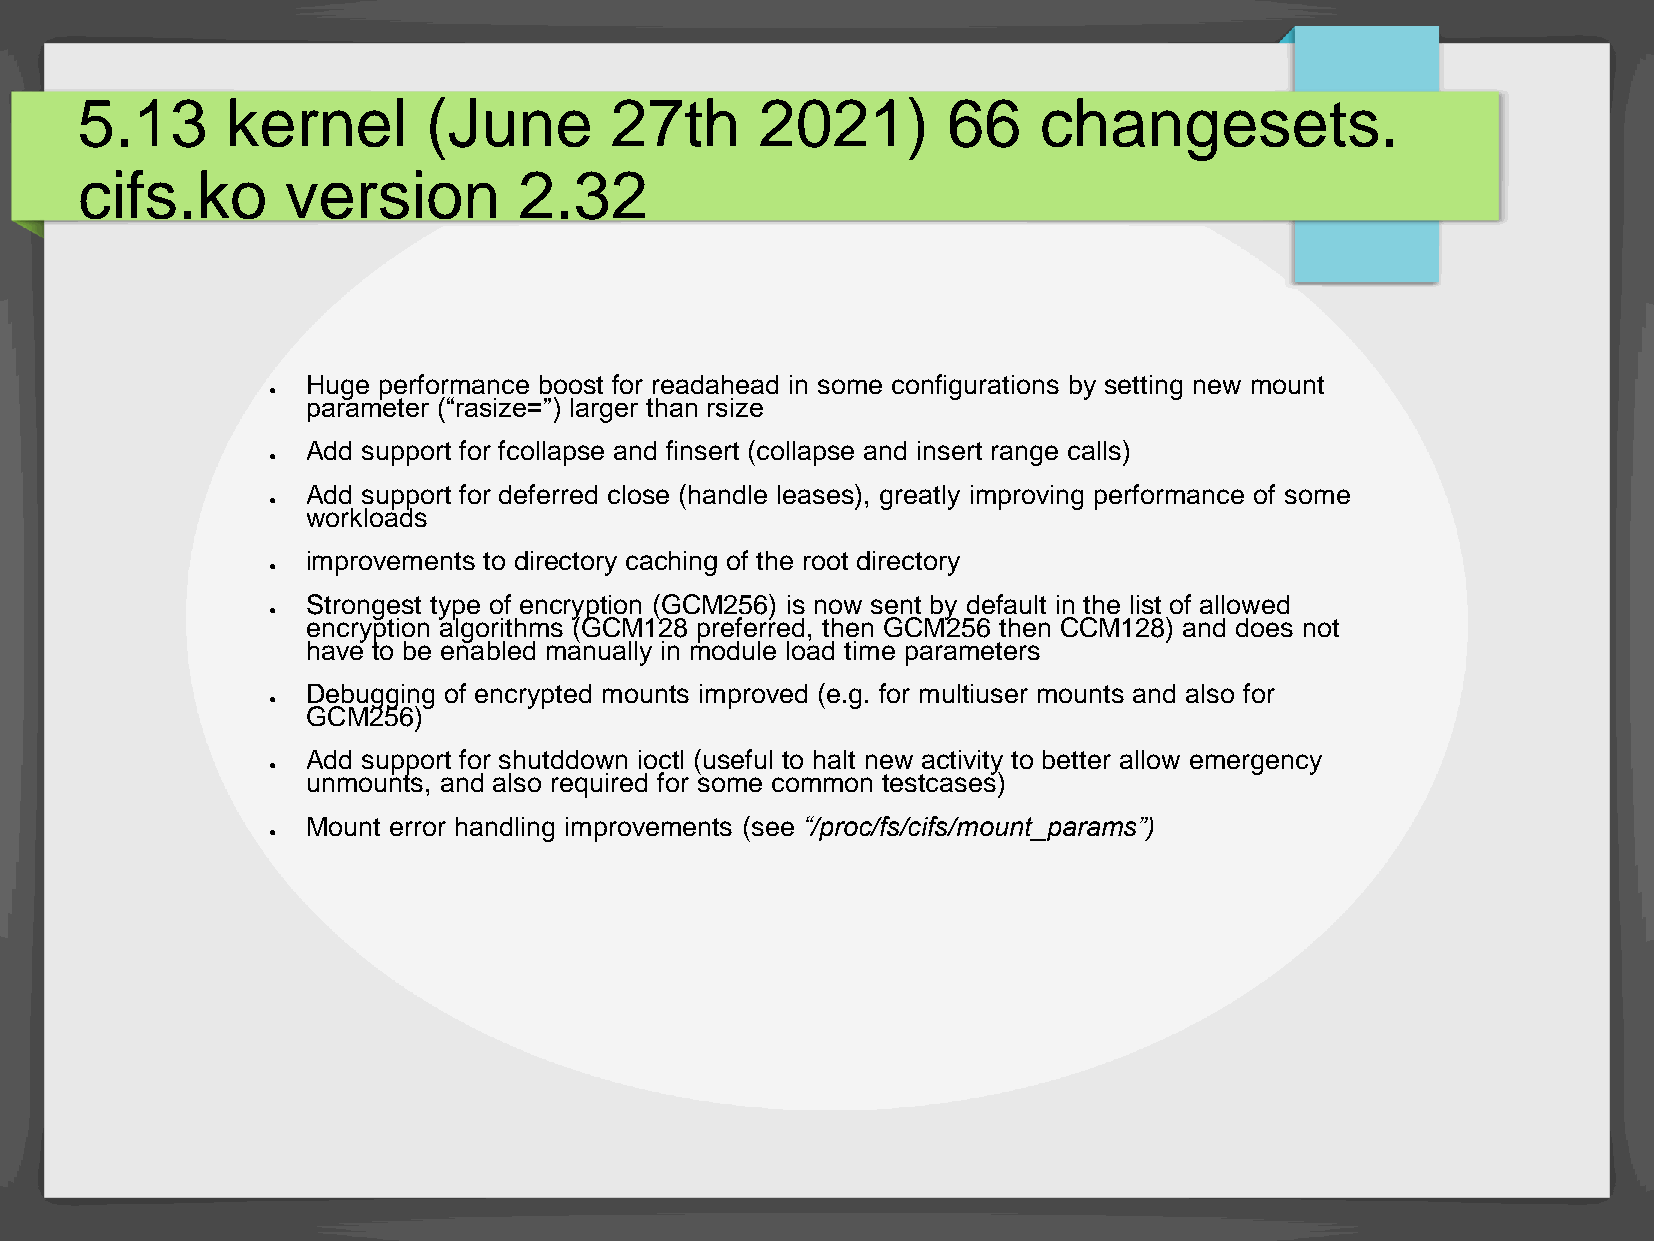
5.13      kernel       (June       27th      2021)        66    changesets.
 cifs.ko       version        2.32
 Huge performance boost for readahead in some configurations by setting new mount
 ●
 parameter (“rasize=”) larger than rsize
 Add support for fcollapse and finsert (collapse and insert range calls)
 ●
 Add support for deferred close (handle leases), greatly improving performance of some
 ●
 workloads
 improvements to directory caching of the root directory
 ●
 Strongest type of encryption (GCM256) is now sent by default in the list of allowed
 ●
 encryption algorithms (GCM128 preferred, then GCM256 then CCM128) and does not
 have to be enabled manually in module load time parameters
 Debugging of encrypted mounts improved (e.g. for multiuser mounts and also for
 ●
 GCM256)
 Add support for shutddown ioctl (useful to halt new activity to better allow emergency
 ●
 unmounts, and also required for some common testcases)
 Mount error handling improvements (see “/proc/fs/cifs/mount_params”)
 ●